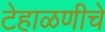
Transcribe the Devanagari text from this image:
टेहाळणीचे